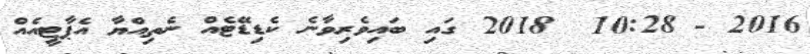
2016 - 10:28  2018 ގައި ބައިވެރިވާނެ ކެޑިޑޭޓެއް ނެތިއްޔާ އެޕާޓީއެއް